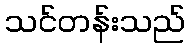
သင်တန်းသည်